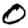
Digit: 0